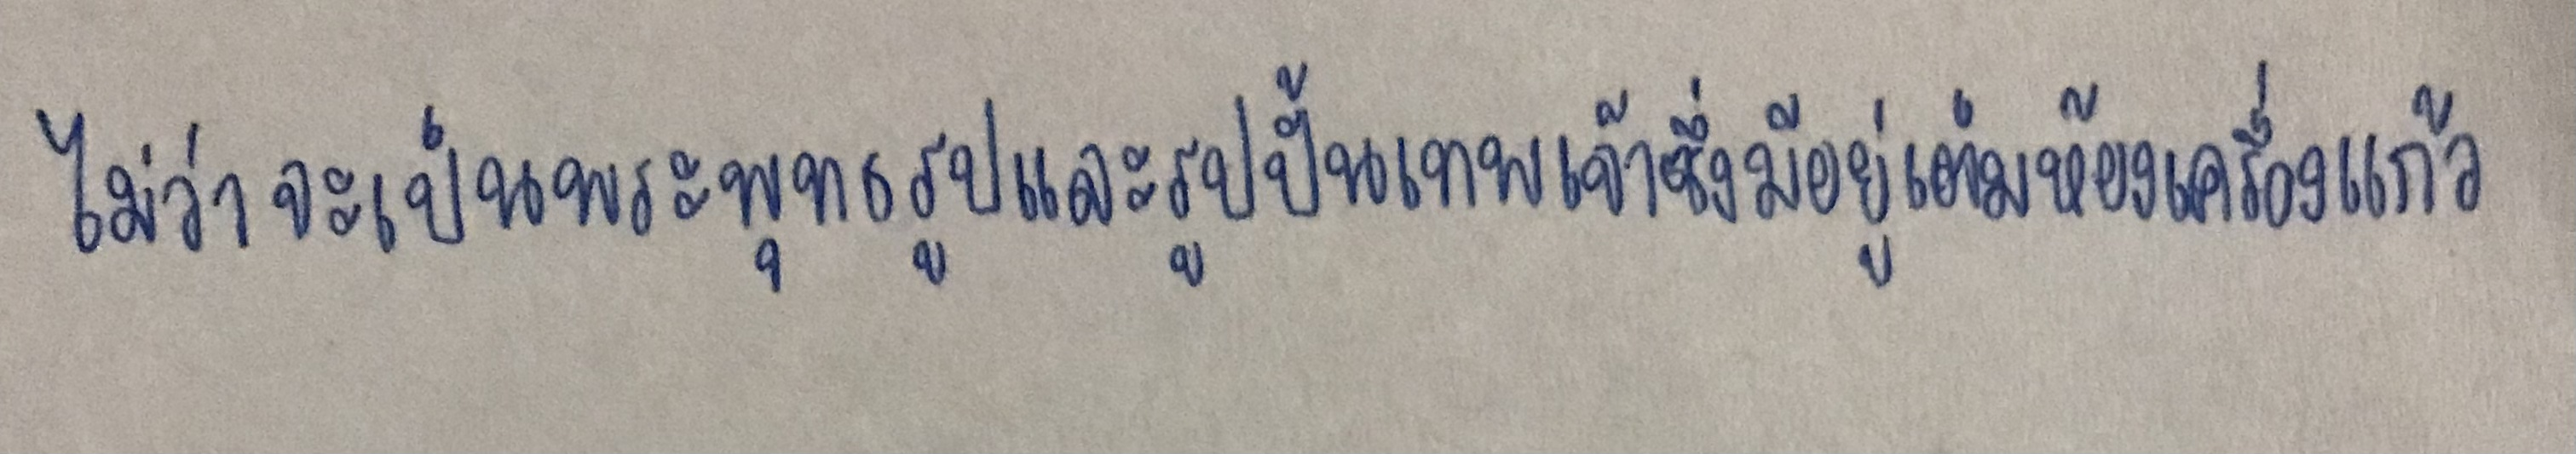
ไม่ว่าจะเป็นพระพุทธรูปและรูปปั้นเทพเจ้าซึ่งมีอยู่เต็มห้องเครื่องแก้ว